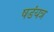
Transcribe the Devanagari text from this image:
षडंयत्र